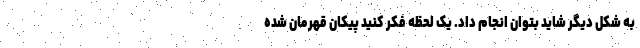
به شکل دیگر شاید بتوان انجام داد. یک لحظه فکر کنید پیکان قهرمان شده